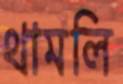
থামলি